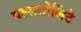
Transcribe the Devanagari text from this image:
वल्लतोलिंटे